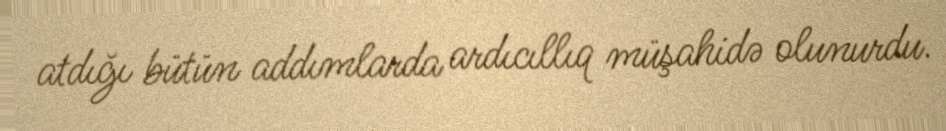
atdığı bütün addımlarda ardıcıllıq müşahidə olunurdu.